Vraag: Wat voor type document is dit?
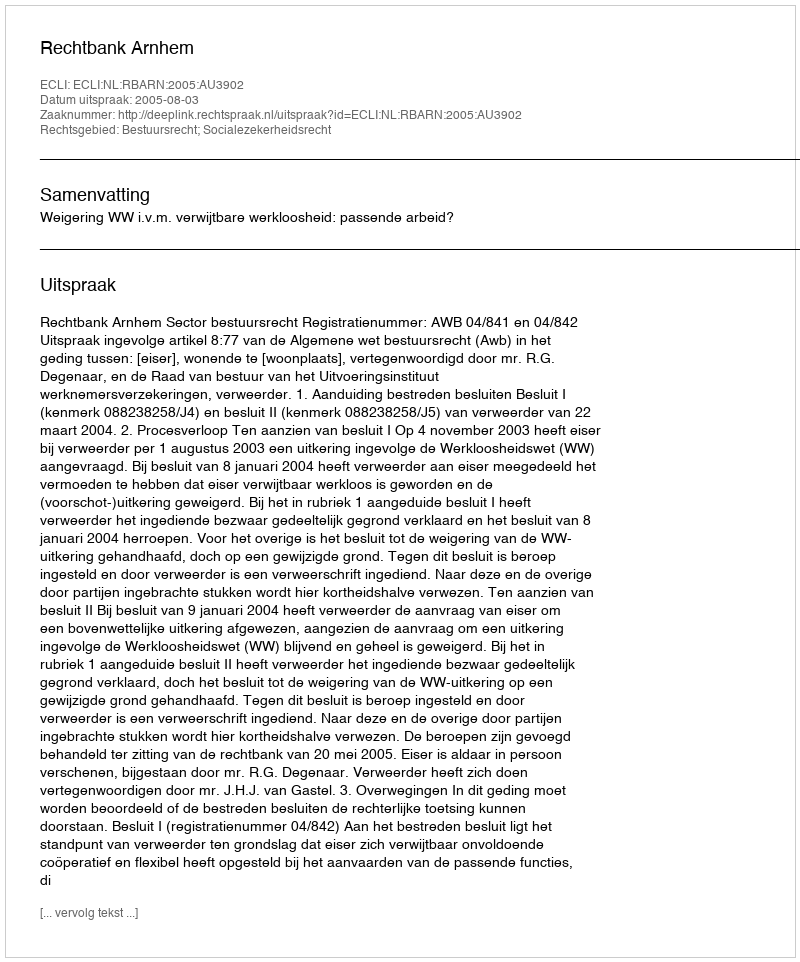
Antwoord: Uitspraak